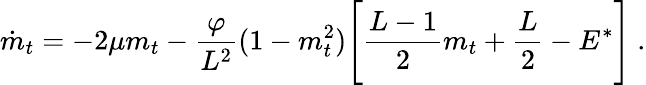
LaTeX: \dot{m}_{t}=-2\mu m_{t}-\frac{\varphi}{L^{2}}(1-m_{t}^{2})\Bigg[\frac{L-1}{2}m_{t}+\frac{L}{2}-E^{*}\Bigg]\ .